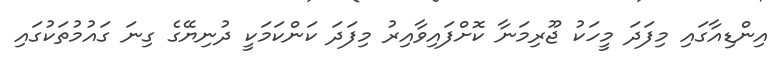
އިންޑިއާގައި މިފަދަ މީހަކު ޖޫރިމަނާ ކޮށްފައިވާއިރު މިފަދަ ކަންކަމަކީ ދުނިޔޭގެ ގިނަ ގައުމުތަކުގައި